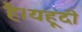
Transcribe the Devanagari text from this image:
है।यहूदी